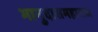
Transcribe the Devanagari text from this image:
भानुदासमहाराज